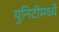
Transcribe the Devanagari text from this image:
युनिटीमध्ये